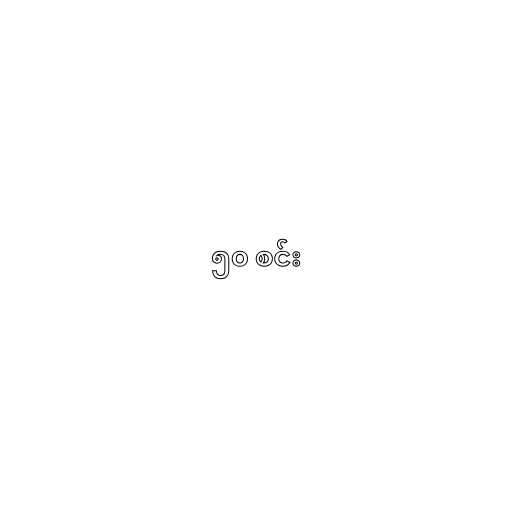
၅၀ စင်း